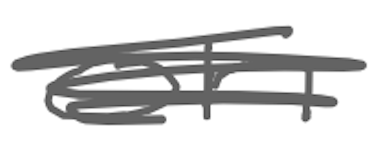
Text: on
Cross-out: scratch
Writing tool: digital_gray